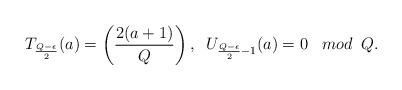
LaTeX: \begin{align*}T_{\frac{Q-\epsilon}{2}}(a)=\left( \frac{2(a+1)}{Q} \right),\;\; U_{\frac{Q-\epsilon}{2}-1}(a)=0\;\;\; mod \;\;Q.\end{align*}